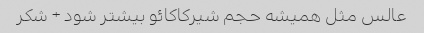
عالس مثل همیشه حجم شیرکاکائو بیشتر شود + شکر